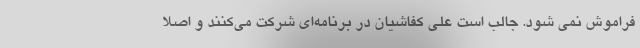
فراموش نمی شود. جالب است علی کفاشیان در برنامه‌ای شرکت می‌کنند و اصلاً